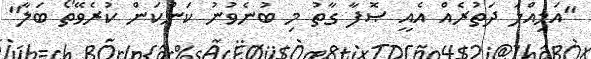
"އަމިއްލަ ދަތުރެއް އެއީ ޞޮފާ ގާތު މި ބުނެވުނު ކަންކަން ކުރެވޭތޯ ބަލާ"